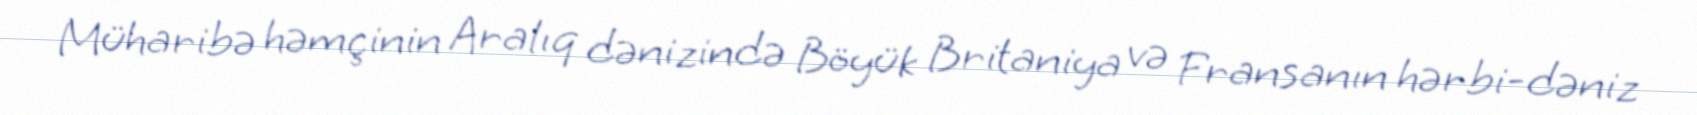
Müharibə həmçinin Aralıq dənizində Böyük Britaniya və Fransanın hərbi-dəniz